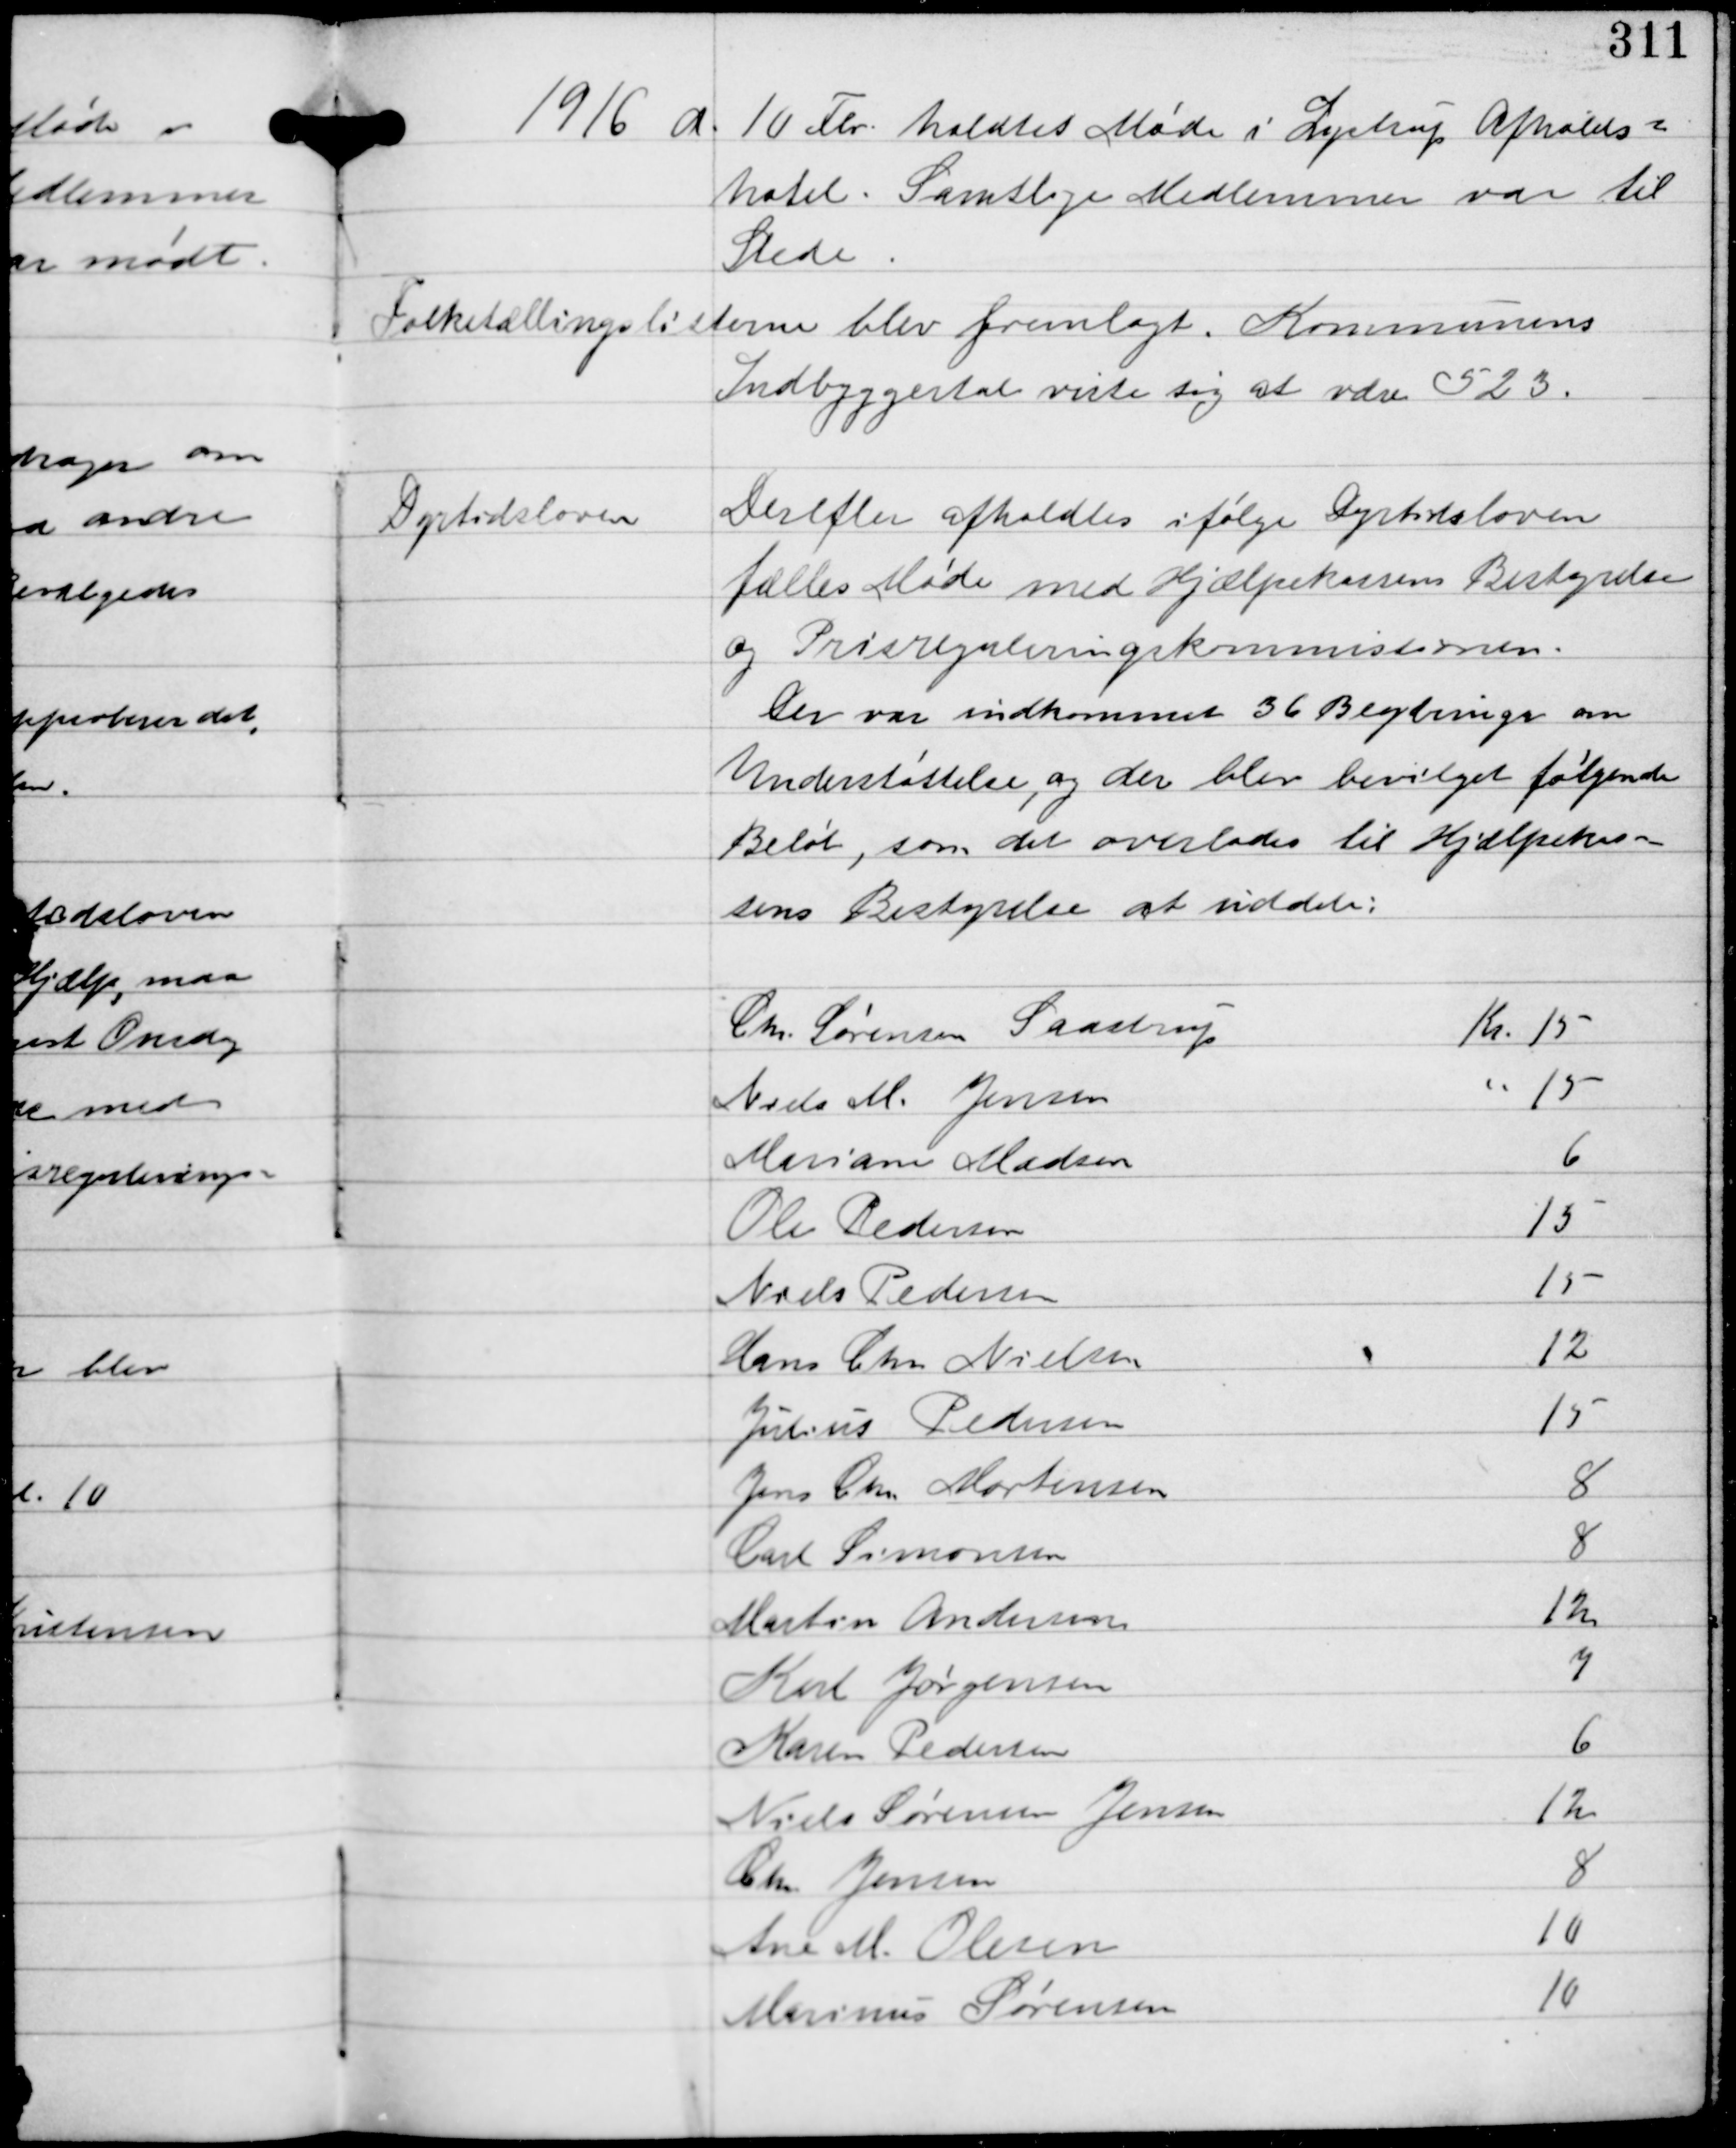
Transskription:
1916 d. 10 Feb holdtes Møde i Lystrup Afholds-
hotel. Samtlige Medlemmer var til
Stede.

Folketællingslisterne blev fremlagt. Kommunens
Indbyggertal viste sig at være 523.

Dyrtidsloven

Derefter afholdtes ifølge Dyrtidsloven
fælles Møde med Hjælpekassens Bestyrelse
og Prisreguleringskommissionen.
Der var indkommet 36 Begæringer om
Understøttelse og der blev bevilget følgende
Beløb, som det overlades til Hjælpekas-
sens Bestyrelse at uddele: